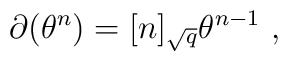
\partial (\theta^{n})=[n]_{\sqrt {q}}\theta ^{n-1}\ ,